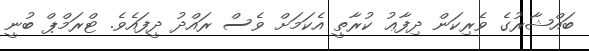
ބައްޝާރުގެ ވެރިކަން ދިފާޢު ކުރާތީ އެކަމަށް ވެސް ރައްދު ދީފައެވެ. ޓްރަމްޕް ބުނީ